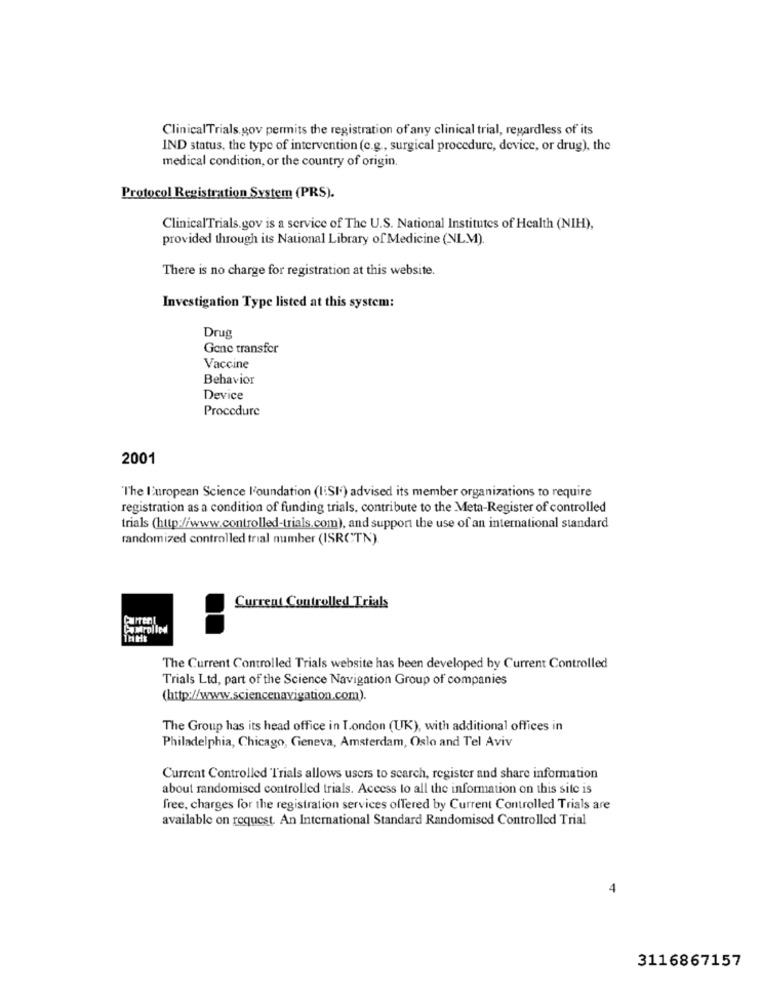
ClinicalTrials.gov permits the registration of any clinical trial, regardless of its
IND status, the type of intervention (c.g ., surgical procedure, device, or drug), the
medical condition, or the country of origin.
Protocol Registration System (PRS).
ClinicalTrials.gov is a service of The U.S. National Institutes of Health (NIH),
provided through its National Library of Medicine (NLM).
There is no charge for registration at this website.
Investigation Type listed at this system:
Drug
Gene transfer
Vaccine
Behavior
Device
Procedure
2001
The European Science l'oundation (I:SI) advised its member organizations to require
registration as a condition of funding trials, contribute to the Meta-Register of controlled
trials (http://www.controlled-trials.com), and support the use of an international standard
randomized controlled trial number (ISRCTN).
Current Controlled Trials
Carrent
The Current Controlled Trials website has been developed by Current Controlled
Trials Ltd, part of the Science Navigation Group of companies
(http://www.sciencenavigation.com).
The Group has its head office in London (UK), with additional offices in
Philadelphia, Chicago, Geneva, Amsterdam, Oslo and Tel Aviv
Current Controlled Trials allows users to search, register and share information
about randomised controlled trials. Access to all the information on this site is
free, charges for the registration services offered by Current Controlled Trials are
available on request. An International Standard Randomised Controlled Trial
3116867157